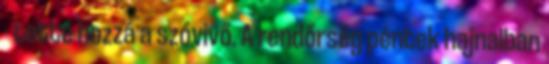
- tette hozzá a szóvivő. A rendőrség péntek hajnalban